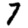
Digit: 7